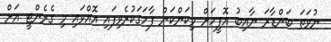
ނުވަތަ ބަންޑާރަ ނާއިބު އޮފީހަށް މިކަންކަން ފާހަގަކުރެވިފައި އޮއްވައި މި ގެރެންޓީ އަށް